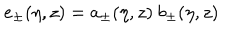
LaTeX: e _ { \pm } ( \eta , z ) = a _ { \pm } ( \eta , z ) ~ b _ { \pm } ( \eta , z )